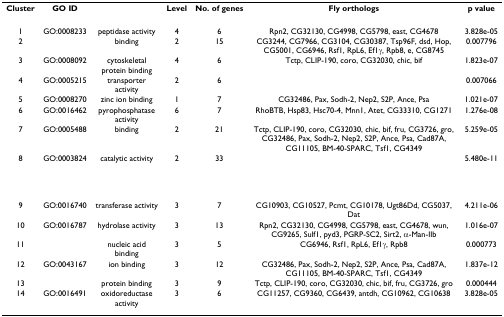
<table><thead><tr><td><b>Cluster</b></td><td><b>GO ID</b></td><td>[EMPTY_CELL]</td><td><b>Level</b></td><td><b>No. of genes</b></td><td><b>Fly orthologs</b></td><td><b>p value</b></td></tr></thead><tbody><tr><td>1</td><td>GO:0008233</td><td>peptidase activity</td><td>4</td><td>6</td><td>Rpn2, CG32130, CG4998, CG5798, east, CG4678</td><td>3.828e-05</td></tr><tr><td>2</td><td>[EMPTY_CELL]</td><td>binding</td><td>2</td><td>15</td><td>CG3244, CG7966, CG3104, CG30387, Tsp96F, dsd, Hop, CG5001, CG6946, Rsf1, RpL6, Ef1γ, Rpb8, e, CG8745</td><td>0.007796</td></tr><tr><td>3</td><td>GO:0008092</td><td>cytoskeletal protein binding</td><td>4</td><td>6</td><td>Tctp, CLIP-190, coro, CG32030, chic, bif</td><td>1.823e-07</td></tr><tr><td>4</td><td>GO:0005215</td><td>transporter activity</td><td>2</td><td>6</td><td>[EMPTY_CELL]</td><td>0.007066</td></tr><tr><td>5</td><td>GO:0008270</td><td>zinc ion binding</td><td>1</td><td>7</td><td>CG32486, Pax, Sodh-2, Nep2, S2P, Ance, Psa</td><td>1.021e-07</td></tr><tr><td>6</td><td>GO:0016462</td><td>pyrophosphatase activity</td><td>6</td><td>7</td><td>RhoBTB, Hsp83, Hsc70-4, Mnn1, Atet, CG33310, CG1271</td><td>1.276e-08</td></tr><tr><td>7</td><td>GO:0005488</td><td>binding</td><td>2</td><td>21</td><td>Tctp, CLIP-190, coro, CG32030, chic, bif, fru, CG3726, gro, CG32486, Pax, Sodh-2, Nep2, S2P, Ance, Psa, Cad87A, CG11105, BM-40-SPARC, Tsf1, CG4349</td><td>5.259e-05</td></tr><tr><td>8</td><td>GO:0003824</td><td>catalytic activity</td><td>2</td><td>33</td><td>[EMPTY_CELL]</td><td>5.480e-11</td></tr><tr><td>9</td><td>GO:0016740</td><td>transferase activity</td><td>3</td><td>7</td><td>CG10903, CG10527, Pcmt, CG10178, Ugt86Dd, CG5037, Dat</td><td>4.211e-06</td></tr><tr><td>10</td><td>GO:0016787</td><td>hydrolase activity</td><td>3</td><td>13</td><td>Rpn2, CG32130, CG4998, CG5798, east, CG4678, wun, CG9265, Sulf1, pyd3, PGRP-SC2, Sirt2, α-Man-IIb</td><td>1.016e-07</td></tr><tr><td>11</td><td>[EMPTY_CELL]</td><td>nucleic acid binding</td><td>3</td><td>5</td><td>CG6946, Rsf1, RpL6, Ef1γ, Rpb8</td><td>0.000773</td></tr><tr><td>12</td><td>GO:0043167</td><td>ion binding</td><td>3</td><td>12</td><td>CG32486, Pax, Sodh-2, Nep2, S2P, Ance, Psa, Cad87A, CG11105, BM-40-SPARC, Tsf1, CG4349</td><td>1.837e-12</td></tr><tr><td>13</td><td>[EMPTY_CELL]</td><td>protein binding</td><td>3</td><td>9</td><td>Tctp, CLIP-190, coro, CG32030, chic, bif, fru, CG3726, gro</td><td>0.000444</td></tr><tr><td>14</td><td>GO:0016491</td><td>oxidoreductase activity</td><td>3</td><td>6</td><td>CG11257, CG9360, CG6439, antdh, CG10962, CG10638</td><td>3.828e-05</td></tr></tbody></table>